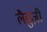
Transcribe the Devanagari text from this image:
लैब्रुज़ी